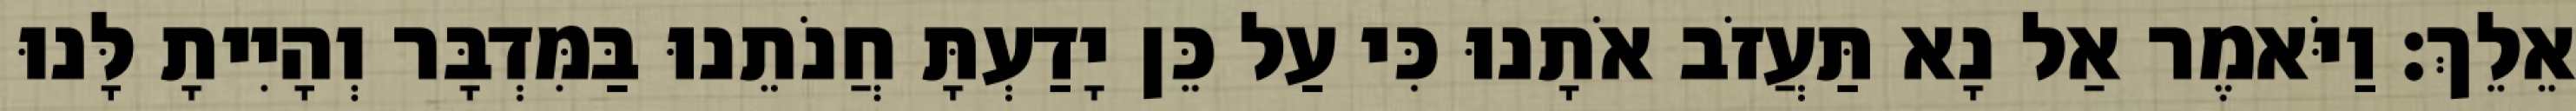
אֵלֵךְ׃ וַיֹּאמֶר אַל נָא תַּעֲזֹב אֹתָנוּ כִּי עַל כֵּן יָדַעְתָּ חֲנֹתֵנוּ בַּמִּדְבָּר וְהָיִיתָ לָּנוּ